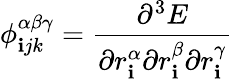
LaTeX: \phi_{\mathbf{i}jk}^{\alpha\beta\gamma}=\frac{{\partial^{3}E}}{{{\partial}r_{\mathbf{i}}^{\alpha}{\partial}r_{\mathbf{i}}^{\beta}{\partial}r_{\mathbf{i}}^{\gamma}}}